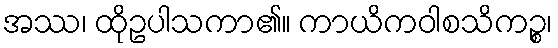
အဿ၊ ထိုဥပါသကာ၏။ ကာယိကဝါစသိကဉ္စ၊